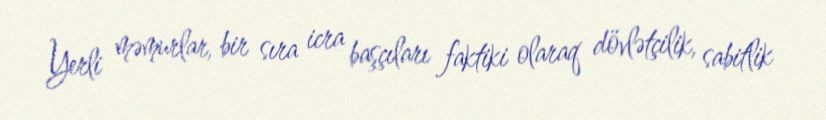
Yerli məmurlar, bir sıra icra başçıları faktiki olaraq dövlətçilik, sabitlik